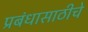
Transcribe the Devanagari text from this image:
प्रबंधासाठीचे